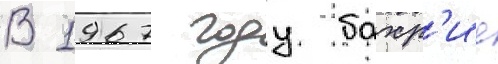
В 1967 году бахр'ие